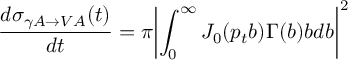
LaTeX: { \frac { d \sigma _ { \gamma A \to V A } ( t ) } { d t } } = \pi { \left| \int _ { 0 } ^ { \infty } J _ { 0 } ( { p _ { t } } b ) \Gamma ( b ) b d b \right| } ^ { 2 }